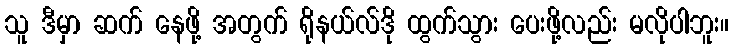
သူ ဒီမှာ ဆက် နေဖို့ အတွက် ရိုနယ်လ်ဒို ထွက်သွား ပေးဖို့လည်း မလိုပါဘူး။